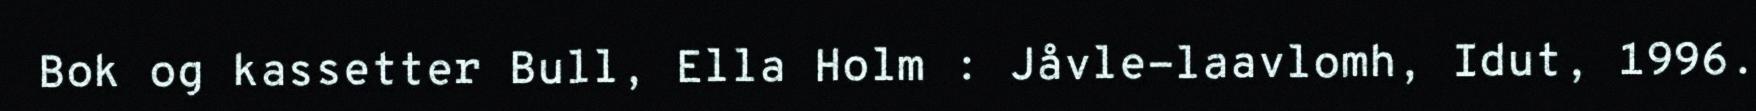
Bok og kassetter Bull, Ella Holm : Jåvle-laavlomh, Idut, 1996.